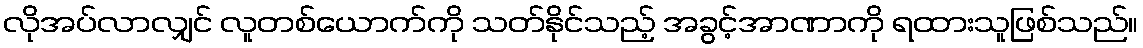
လိုအပ်လာလျှင် လူတစ်ယောက်ကို သတ်နိုင်သည့် အခွင့်အာဏာကို ရထားသူဖြစ်သည်။